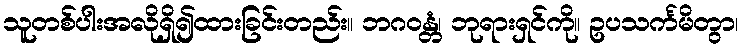
သူတစ်ပါးအလိုရှိ၍ထားခြင်းတည်း။ ဘဂဝန္တံ၊ ဘုရားရှင်ကို။ ဥပသင်္ကမိတွာ၊